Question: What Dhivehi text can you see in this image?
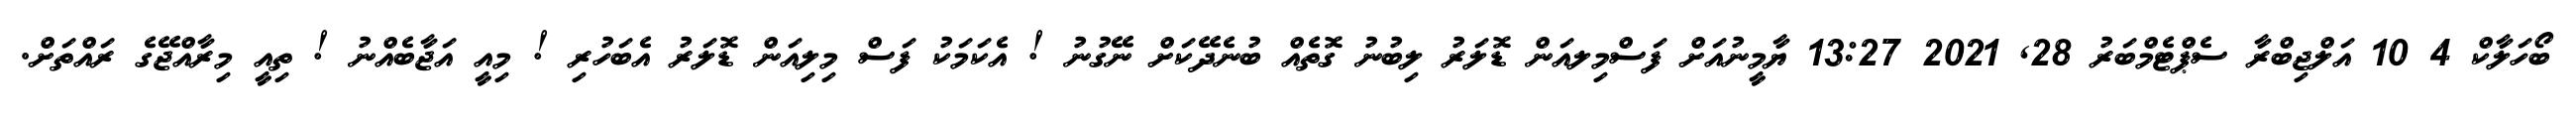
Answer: ބޯހަލާކް 4 10 އަލްޖިބްރާ ސެޕްޓެމްބަރު 28, 2021 13:27 ޔާމީނުއަށް ފަސްމިލއަން ޑޮލަރު ލިބުނު ގޮތެއް ބުނެދޭކަށް ނޭގުނު ! އެކަމަކު ފަސް މިލިއަން ޑޮލަރު އެބަހުރި ! މިއީ އަޖާބެއްނު ! ތިއީ މިރާއްޖޭގެ ރައްތަށް.